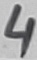
Text: 4